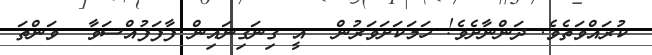
ކުރައްވަތެވެ. ދަންނާށެވެ! ހަމަކަށަވަރުން  އީ ގިނަގިނައިން ފާފަފުއްސަވާ  ވަންތަ